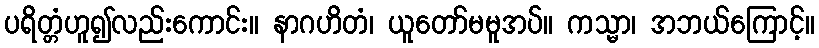
ပရိတ္တံဟူ၍လည်းကောင်း။ နာဂဟိတံ၊ ယူတော်မမူအပ်။ ကသ္မာ၊ အဘယ်ကြောင့်။